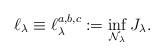
LaTeX: \begin{align*}\ell_{\lambda}\equiv\ell_{\lambda}^{a,b,c}:=\inf_{\mathcal{N}_{\lambda}}J_{\lambda}.\end{align*}